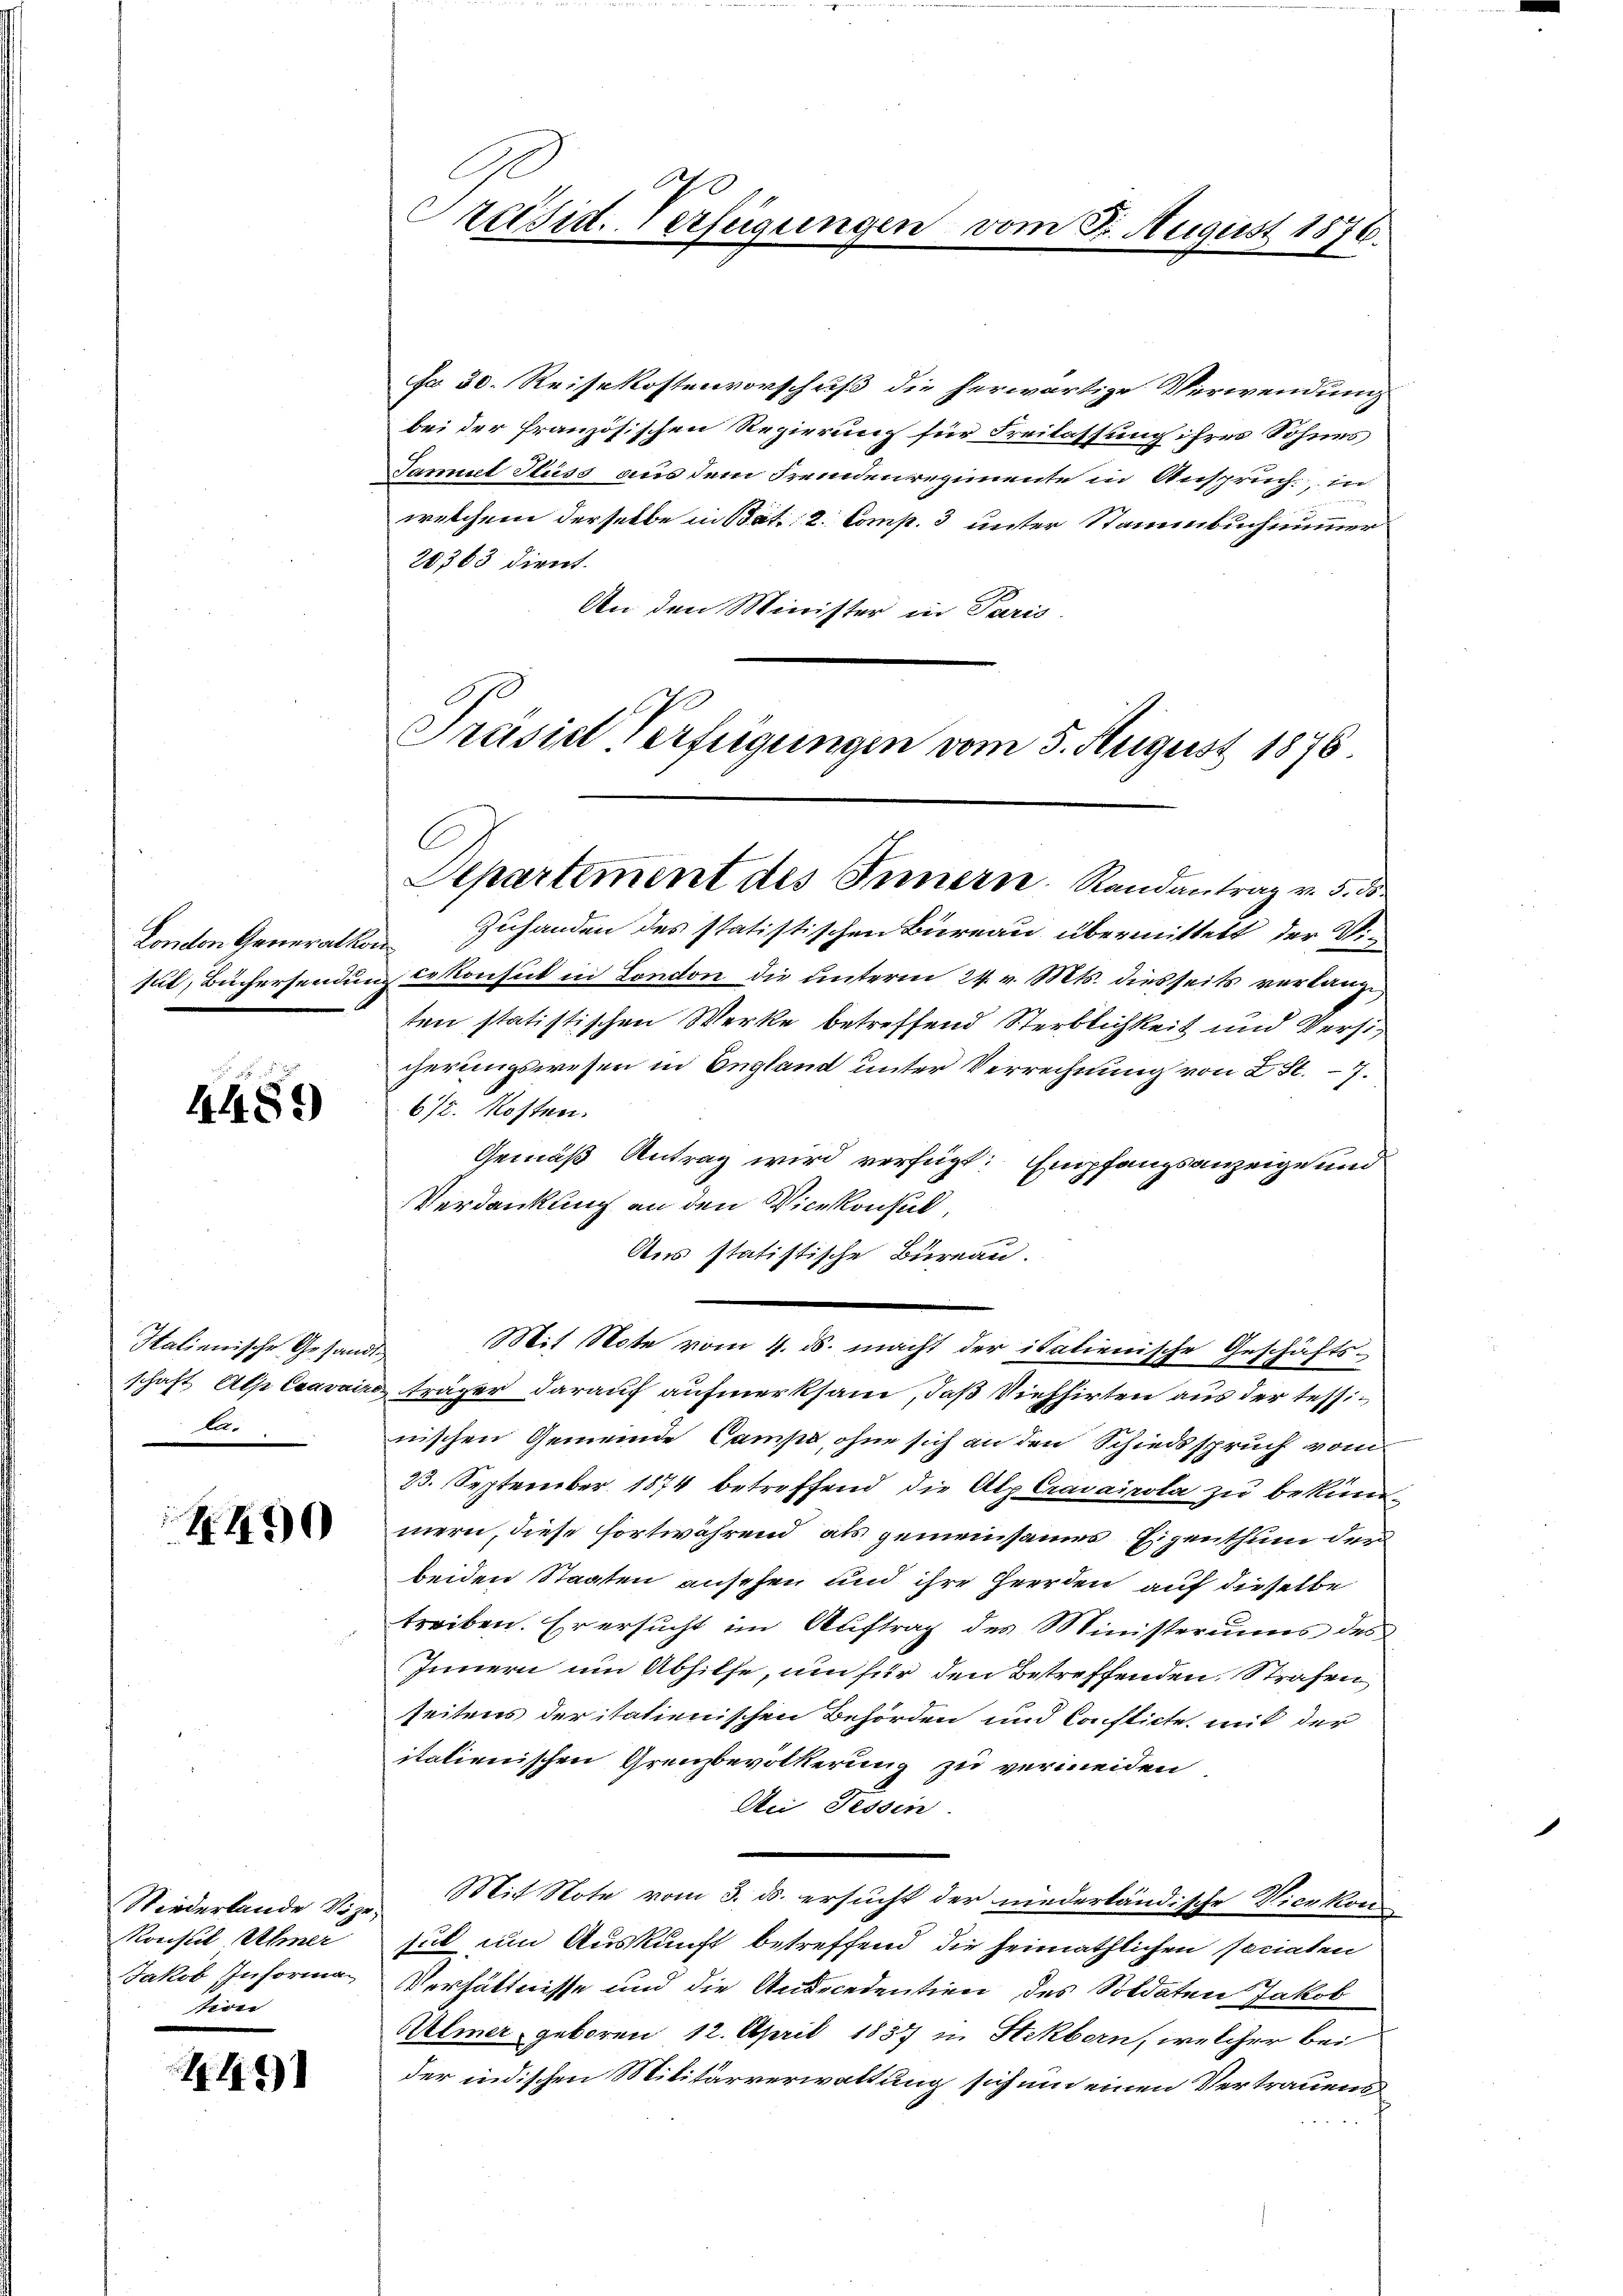
London Generalt
sul, Büchersendun

r
4489

Italienische Gesandt
schaft Alp Cravain
 5

K.490

Niederlande Vize
Konsul Ahmer
Jakob Informa
tion

441)

äsid. Verfügungen vom 8. August 1876.

fo 30. Reisekostenvorschuß die herwärtige Verwendung
bei der französischen Regierung für Freilassung ihres Sohnes
Samuel Fluss aus dem Fremdenregimente in Anspruch, in
welchem derselbe in Bat: 2. Comp. 3 unter Stammbuch nimmer
20363 dient.
An den Minister in Paris
Zuhanden des statistischen Büreau übermittelt, der Vii
 cekonsul in London die unterm 24. v. Mts. diesseits verlangt,
ten statistischen Werke betreffend Sterblichkeit und Versicherungswesen in England unter Verrechnung von 2 St. – 7.
672. Kosten.
Gemäß Antrag wird verfügt: Empfangsanzeige und
Verdankung an den Vicekonsul,
Aus statistische Bureau.
Mit Note vom 4. ds. macht der italienische Geschäfts¬
 träger darauf aufmerksam, daß Viehhirten aus der tessinischen Gemeinde Campe, ohne sich an den Schiedsspruch vom
23. September 1874 betreffend die Alp Cravairola zu bekun
mern, diese fortwährend, als gemeinsames Eigenthum der
beiden Staaten ansehen und ihre Heerden auf dieselbe
treiben. Er ersucht im Auftrag des Ministeriums des
Innern um Abhilfe, um für den Betreffenden, Strafen
seitens der itatienischen Behörden und Conflicte, mit der
italienischen Grenzbevölkerung zu vermeiden
Aei Fessen.
Mit Note vom 3. ds. ersucht der niederländische Vicekon
tul um Auskunft betreffend die heimathlichen sociaten
Verhältnisse und die Andredentien des Soldaten Jakob
Mlmer, geboren 12. April 1837 in Stekborn, welcher bei
der indischen Militärverwaltung sich um einen Vertrauens

Präsidl Verfügungen vom 5. August 1876
C
Departement des Innern. Randantrag v. 5. ds.